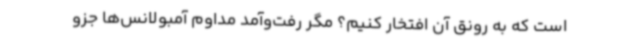
است که به رونق آن افتخار کنیم؟ مگر رفت‌وآمد مداوم آمبولانس‌ها جزو